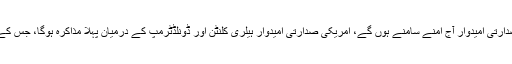
امریکی انتخابات کا اہم مرحلہ آن پہنچا ہے، دونوں صدارتی امیدوار آج آمنے سامنے ہوں گے، امریکی صدارتی امیدوار ہیلری کلنٹن اور ڈونلڈٹرمپ کے درمیان پہلا مذاکرہ ہوگا، جس کے لئے عوام انتہائی بے چینی سے انتظار کررہے ہیں۔